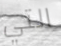
التي